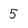
Character: 5